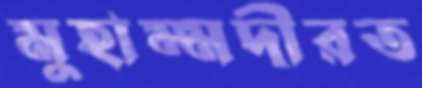
মুহাম্মদীরত